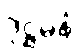
ဒုဋ္ဌမနံ